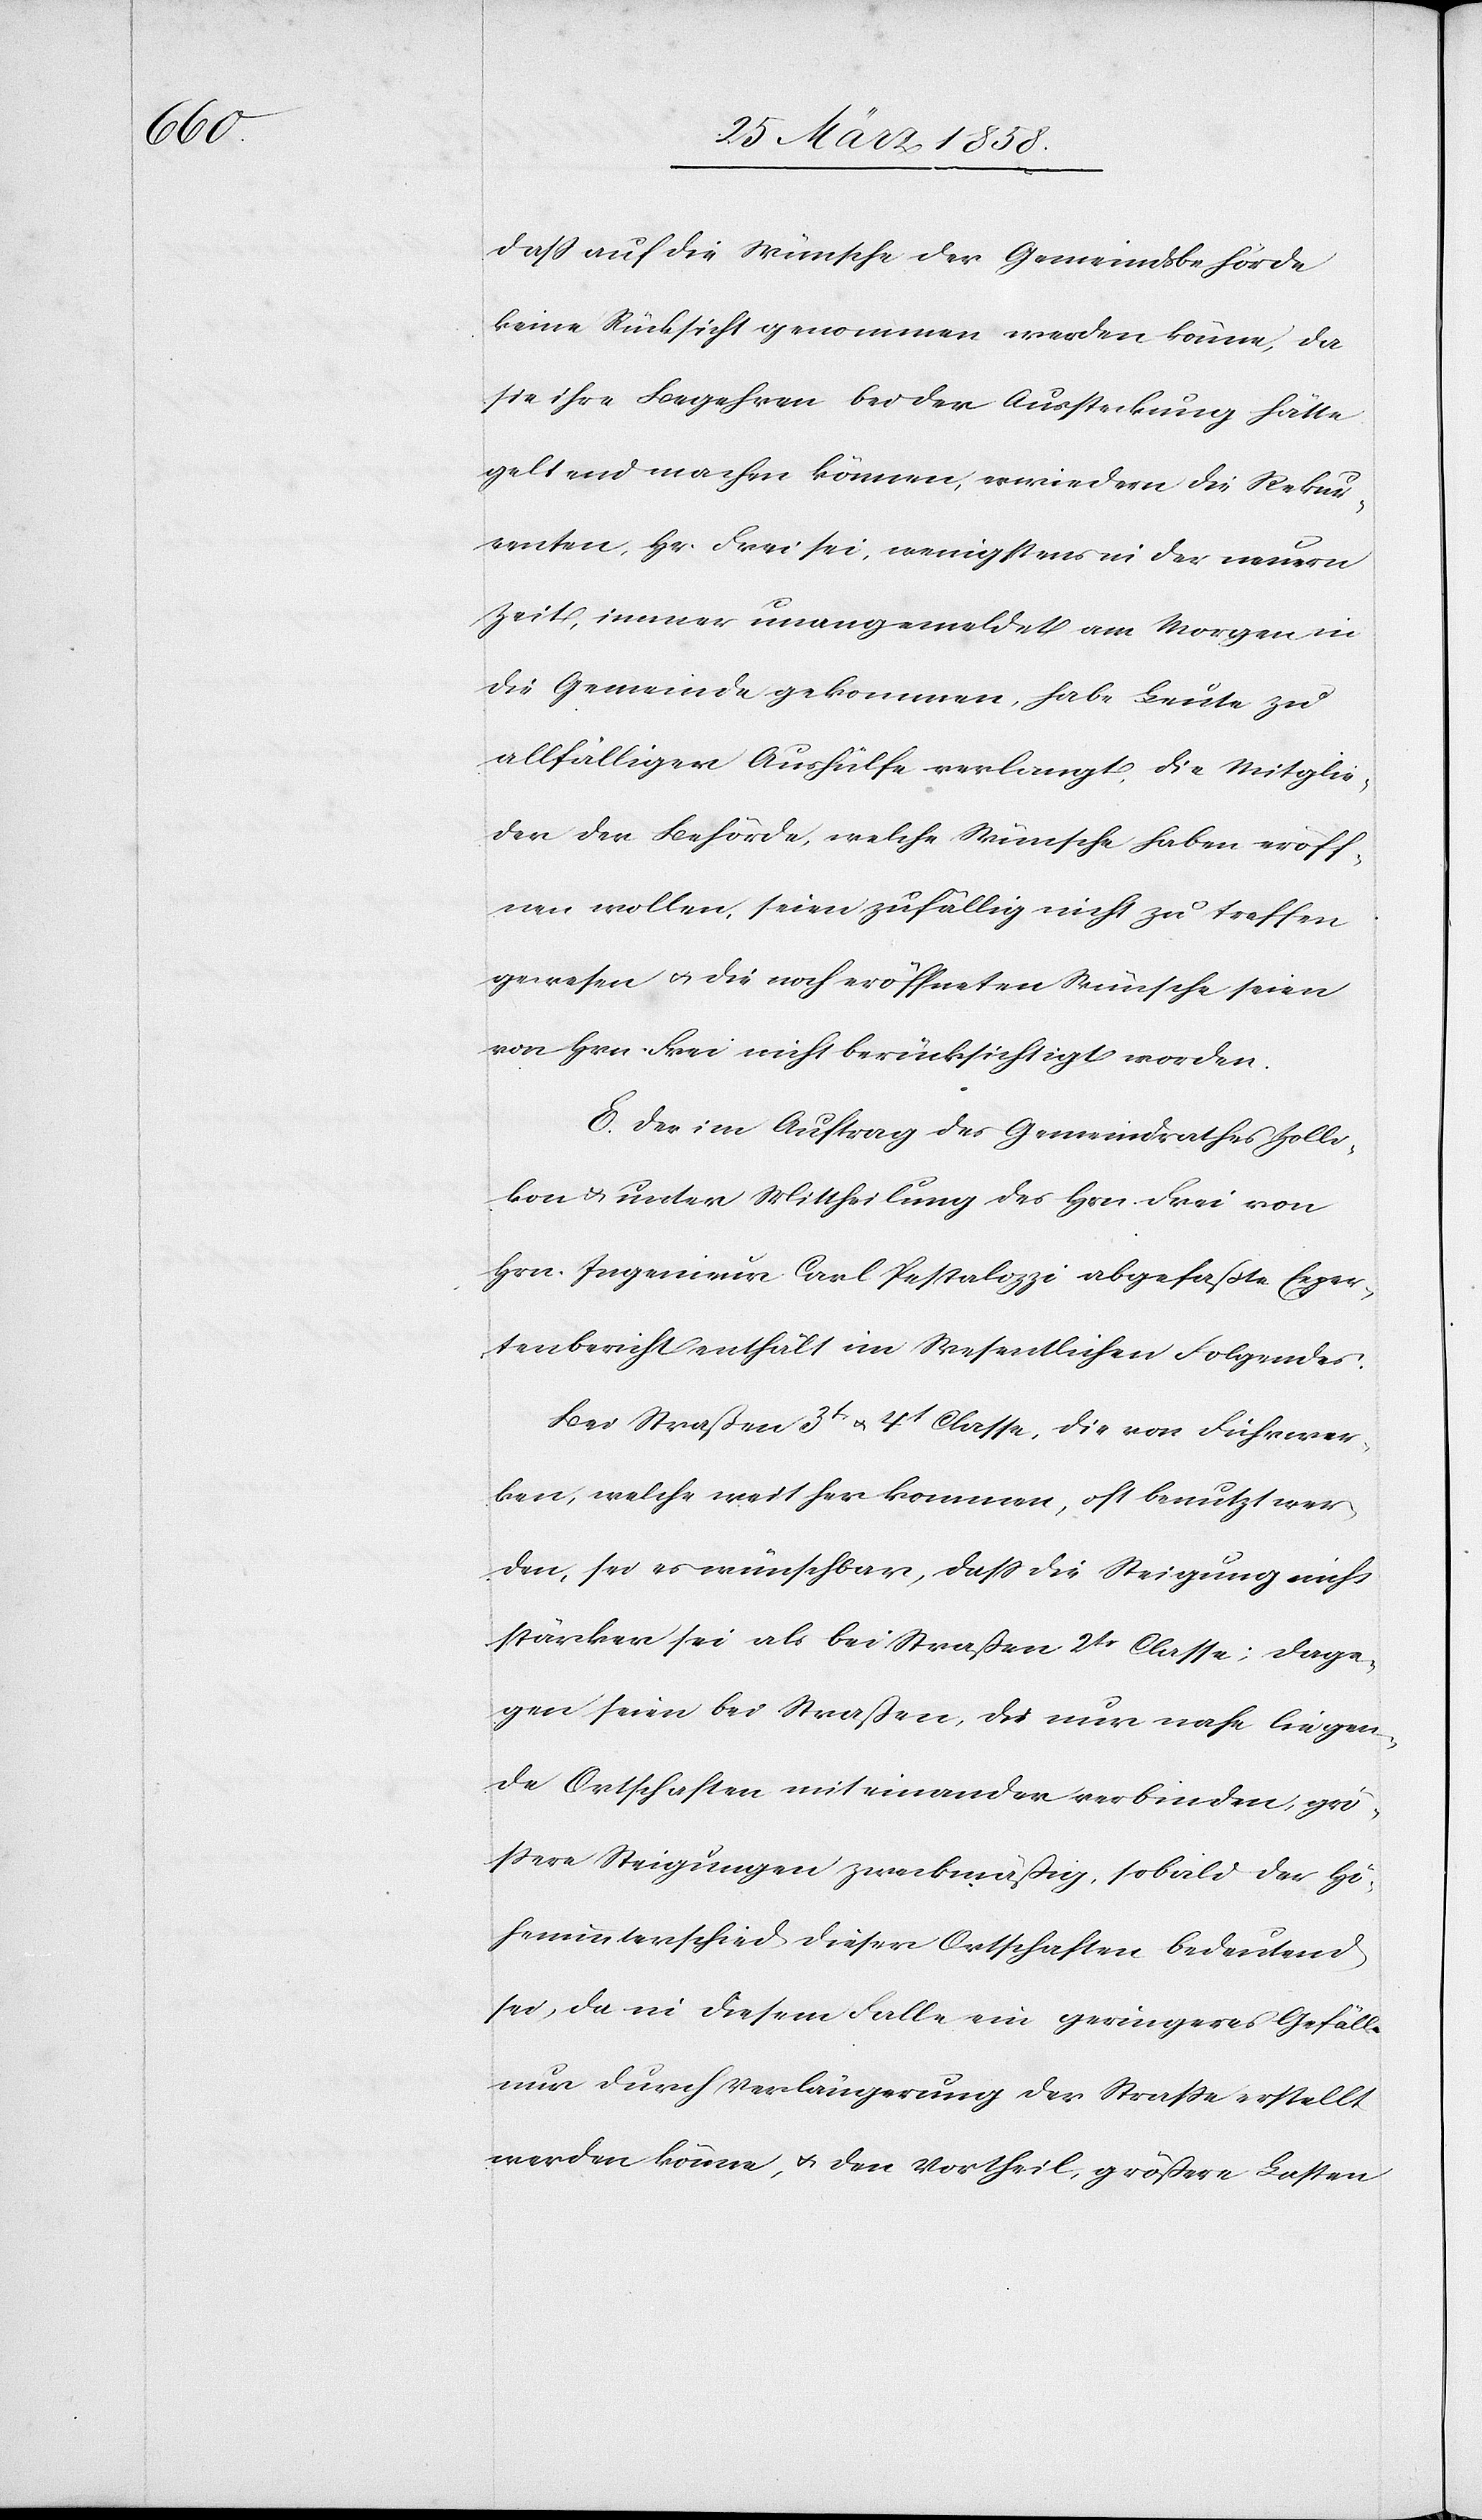
daß auf die Wünsche der Gemeindbehörde
keine Rücksicht genommen werden könne, da
sie ihre Begehren bei der Aussteckung hätte
geltend machen können, erwiedern die Rekur¬
renten, Hr. Frei sei, wenigstens in der neuern
Zeit, immer unangemeldet am Morgen in
die Gemeinde gekommen, habe Leute zu
allfälliger Aushülfe verlangt. Die Mitglie¬
der der Behörde, welche Wünsche haben eröff¬
nen wollen, seien zufällig nicht zu treffen
gewesen u. die noch eröffneten Wünsche seien
von Hrn. Frei nicht berücksichtigt worden.
E. Der im Auftrag des Gemeindrathes Zolli¬
kon u. unter Mittheilung des Hrn. Frei von
Hrn. Ingenieur Carl Pestalozzi abgefaßte Exper¬
tenbericht enthält im Wesentlichen Folgendes.
Bei Straßen 3t u. 4t Classe, die von Fuhrwer¬
ken, welche weit her kommen, oft benutzt wer¬
den, sei es wünschbar, daß die Steigung nicht
stärker sei als bei Straßen 2tr Classe; dage¬
gen seien bei Straßen, die nur nahe liegen¬
de Ortschaften miteinander verbinden, grö¬
ßere Steigungen zweckmäßig, sobald der Hö¬
henunterschied dieser Ortschaften bedeutend
sei, da in diesem Falle ein geringeres Gefälle
nur durch Verlängerung der Straße erstellt
werden könne, u. den Vortheil, größere Lasten